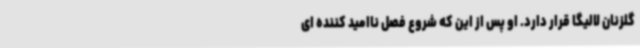
گلزنان لالیگا قرار دارد. او پس از این که شروع فصل ناامید کننده ای